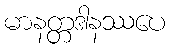
မာနတ္တဒါနဿပေ